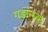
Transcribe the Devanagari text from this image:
गडान्स्क